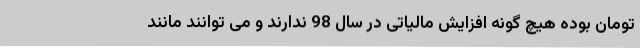
تومان بوده هیچ گونه افزایش مالیاتی در سال 98 ندارند و می توانند مانند